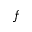
f